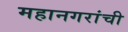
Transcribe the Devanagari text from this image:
महानगरांची